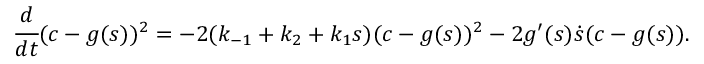
\cfrac { d } { d t } ( c - g ( s ) ) ^ { 2 } = - 2 ( k _ { - 1 } + k _ { 2 } + k _ { 1 } s ) ( c - g ( s ) ) ^ { 2 } - 2 g ^ { \prime } ( s ) \dot { s } ( c - g ( s ) ) .